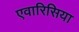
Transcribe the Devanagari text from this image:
एवारिसिया